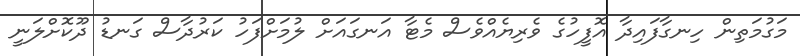
މަގުމަތިން ހިނގާފައިދާ އޮފީހުގެ ވެރިޔެއްވެސް މެޓާ އަނގައަށް ލުމަށްފަހު ކަރުދާސް ގަނޑު ދޫކޮށްލަނީ